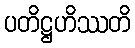
ပတိဋ္ဌဟိဿတိ